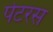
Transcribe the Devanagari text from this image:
पेटरस